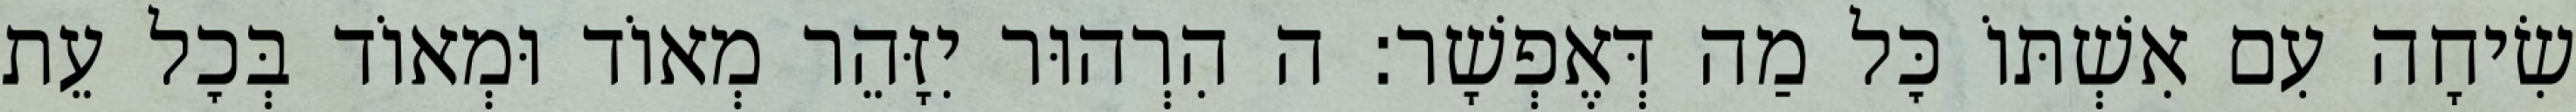
שִׂיחָה עִם אִשְׁתּוֹ כׇּל מַה דְּאֶפְשָׁר: ה הִרְהוּר יִזָּהֵר מְאוֹד וּמְאוֹד בְּכׇל עֵת